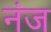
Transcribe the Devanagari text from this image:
नंज